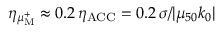
\eta _ { \mu _ { \mathrm { M } } ^ { + } } \approx 0 . 2 \, \eta _ { \mathrm { A C C } } = 0 . 2 \, \sigma / | \mu _ { 5 0 } k _ { 0 } |